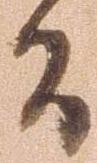
間